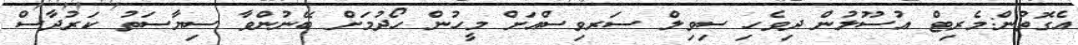
އެގޮތުން:މެރިޓް އުސޫލުން ދިވެހި ސިވިލް ސަރވިސްއަށް މީހުން ހޯދުމަށް ބޭނުންވާ ސިޔާސަތު ކަރުދާސް